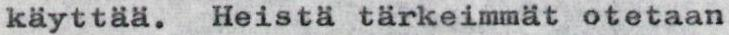
käyttää. Heistä tärkeimmät otetaan